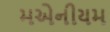
મએનીયમ